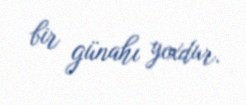
bir günahı yoxdur.